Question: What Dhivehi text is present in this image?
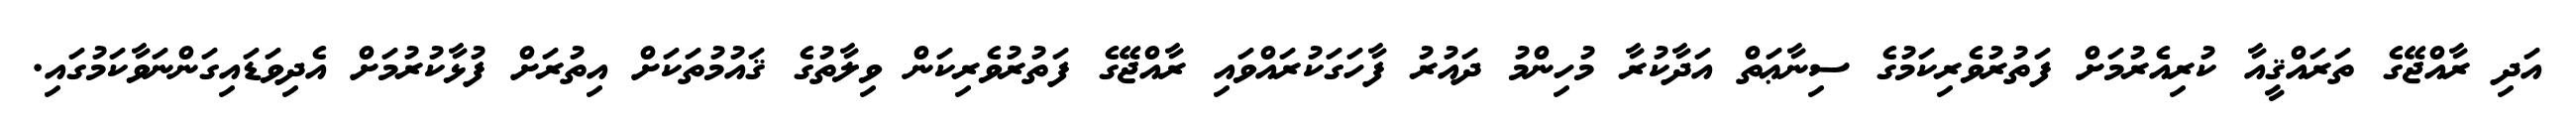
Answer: އަދި ރާއްޖޭގެ ތަރައްޤީއާ ކުރިއެރުމަށް ފަތުރުވެރިކަމުގެ ސިނާޢަތް އަދާކުރާ މުހިންމު ދައުރު ފާހަގަކުރައްވައި ރާއްޖޭގެ ފަތުރުވެރިކަން ވިލާތުގެ ޤައުމުތަކަށް އިތުރަށް ފުޅާކުރުމަށް އެދިވަޑައިގަންނަވާކަމުގައި.